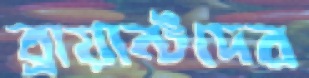
ব্রায়ান্টদের